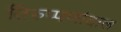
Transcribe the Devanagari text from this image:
तिरुप्पणांदाल